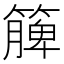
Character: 簲